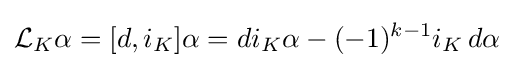
{\mathcal {L}}_{K}\alpha =[d,i_{K}]\alpha =di_{K}\alpha -(-1)^{k-1}i_{K}\,d\alpha